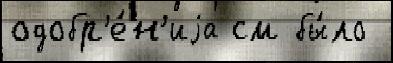
одобр'е́н'иjа см бы́ло